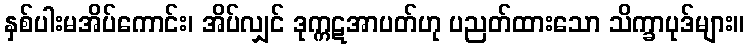
နှစ်ပါးမအိပ်ကောင်း၊ အိပ်လျှင် ဒုက္ကဋအာပတ်ဟု ပညတ်ထားသော သိက္ခာပုဒ်များ။